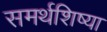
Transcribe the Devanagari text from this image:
समर्थशिष्या